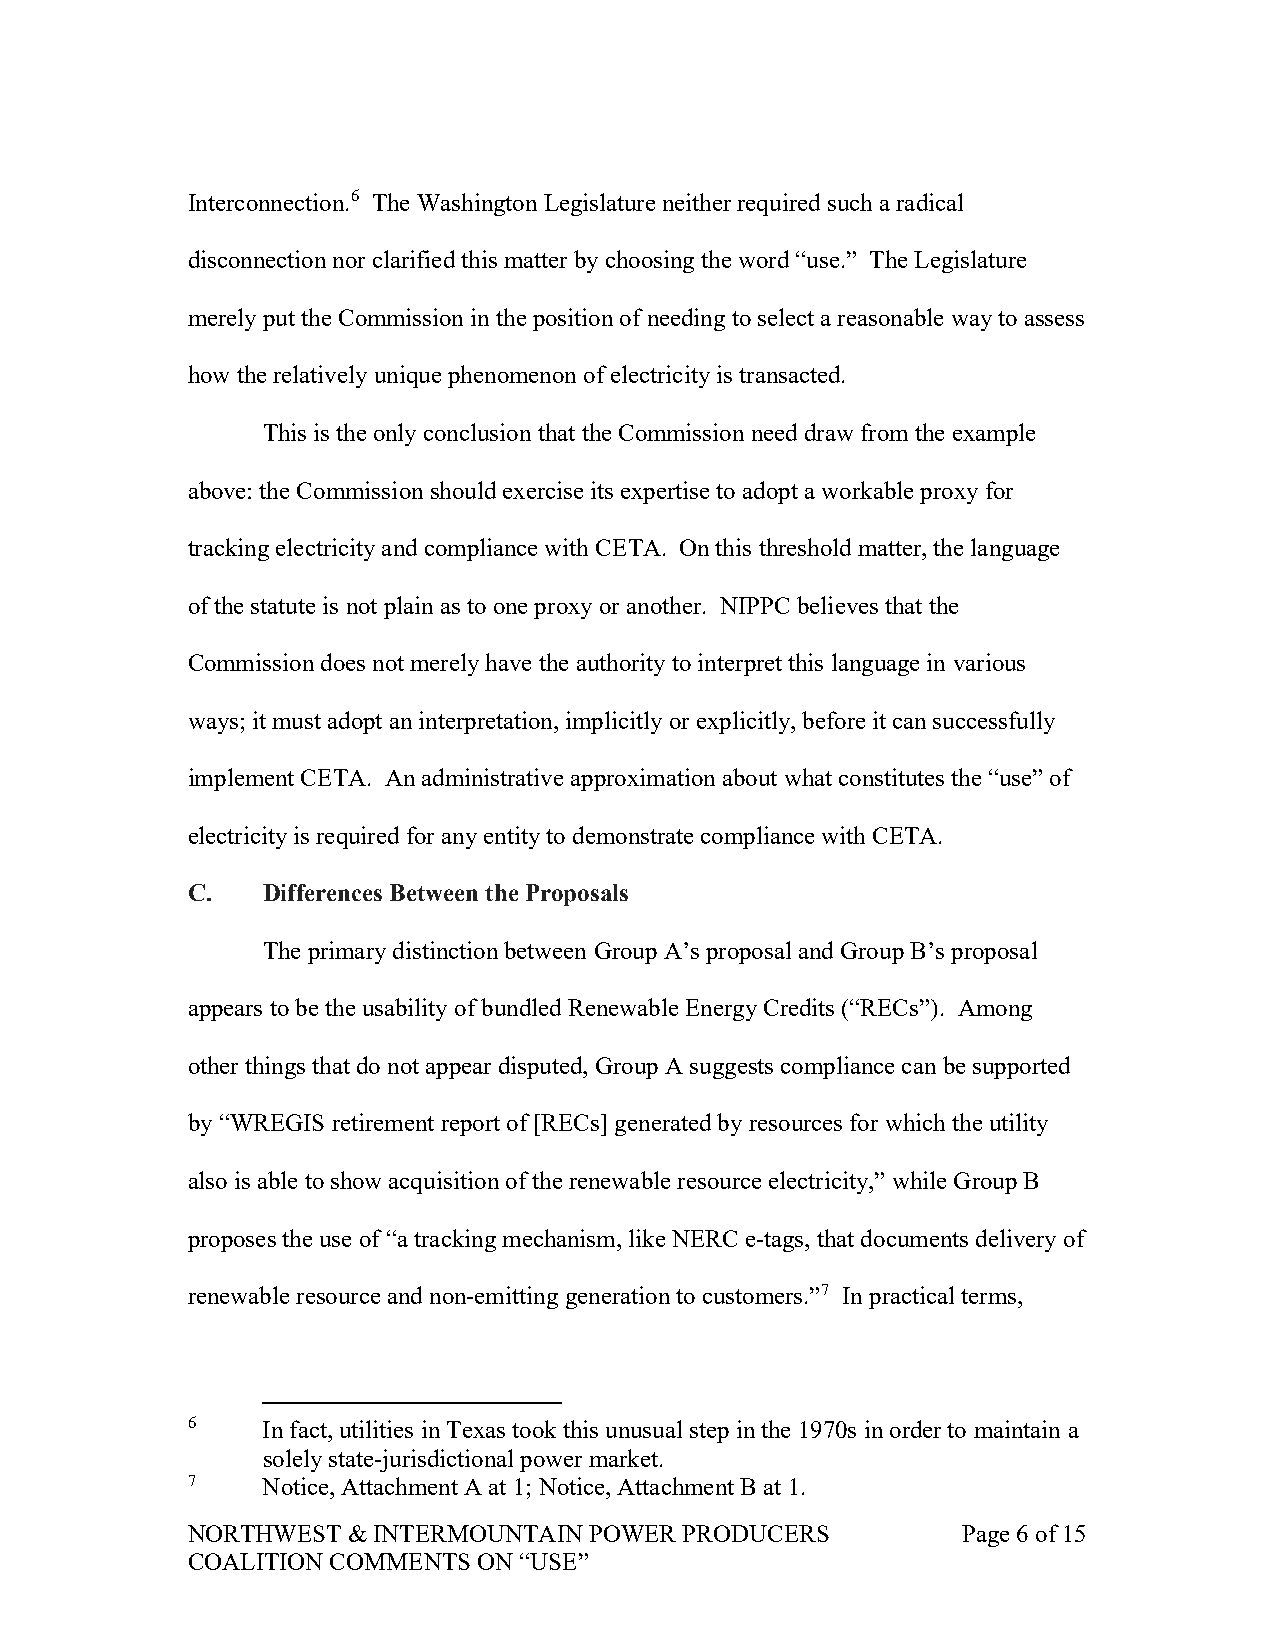
Interconnection.6 The Washington Legislature neither required such a radical
 disconnection nor clarified this matter by choosing the word “use.” The Legislature
 merely put the Commission in the position of needing to select a reasonable way to assess
 how the relatively unique phenomenon of electricity is transacted.
 This is the only conclusion that the Commission need draw from the example
 above: the Commission should exercise its expertise to adopt a workable proxy for
 tracking electricity and compliance with CETA. On this threshold matter, the language
 of the statute is not plain as to one proxy or another. NIPPC believes that the
 Commission does not merely have the authority to interpret this language in various
 ways; it must adopt an interpretation, implicitly or explicitly, before it can successfully
 implement CETA. An administrative approximation about what constitutes the “use” of
 electricity is required for any entity to demonstrate compliance with CETA.
 C.   Differences Between the Proposals
 The primary distinction between Group A’s proposal and Group B’s proposal
 appears to be the usability of bundled Renewable Energy Credits (“RECs”). Among
 other things that do not appear disputed, Group A suggests compliance can be supported
 by “WREGIS retirement report of [RECs] generated by resources for which the utility
 also is able to show acquisition of the renewable resource electricity,” while Group B
 proposes the use of “a tracking mechanism, like NERC e-tags, that documents delivery of
 renewable resource and non-emitting generation to customers.”7 In practical terms,
 6    In fact, utilities in Texas took this unusual step in the 1970s in order to maintain a
 solely state-jurisdictional power market.
 7    Notice, Attachment A at 1; Notice, Attachment B at 1.
 NORTHWEST  & INTERMOUNTAIN POWER PRODUCERS          Page 6 of 15
 COALITION COMMENTS  ON “USE”